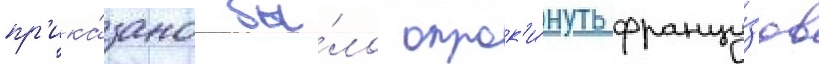
пр'ика́зано бы́ло опрок'и́нуть францу́зов